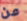
عن